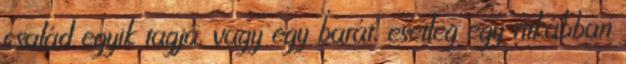
család egyik tagja, vagy egy barát, esetleg egy ritkábban